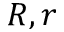
R , r